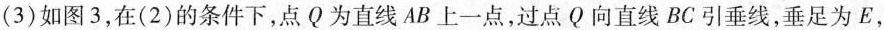
(3)如图3，在(2)的条件下，点Q为直线AB上一点，过点Q向直线BC引垂线，垂足为E，